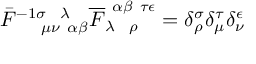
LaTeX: \bar { F } _ { ~ ~ ~ ~ \mu \nu ~ \alpha \beta } ^ { - 1 \sigma ~ ~ \lambda } \overline { { F } } _ { \lambda ~ ~ \rho } ^ { ~ \alpha \beta ~ \tau \epsilon } = \delta _ { \rho } ^ { \sigma } \delta _ { \mu } ^ { \tau } \delta _ { \nu } ^ { \epsilon }